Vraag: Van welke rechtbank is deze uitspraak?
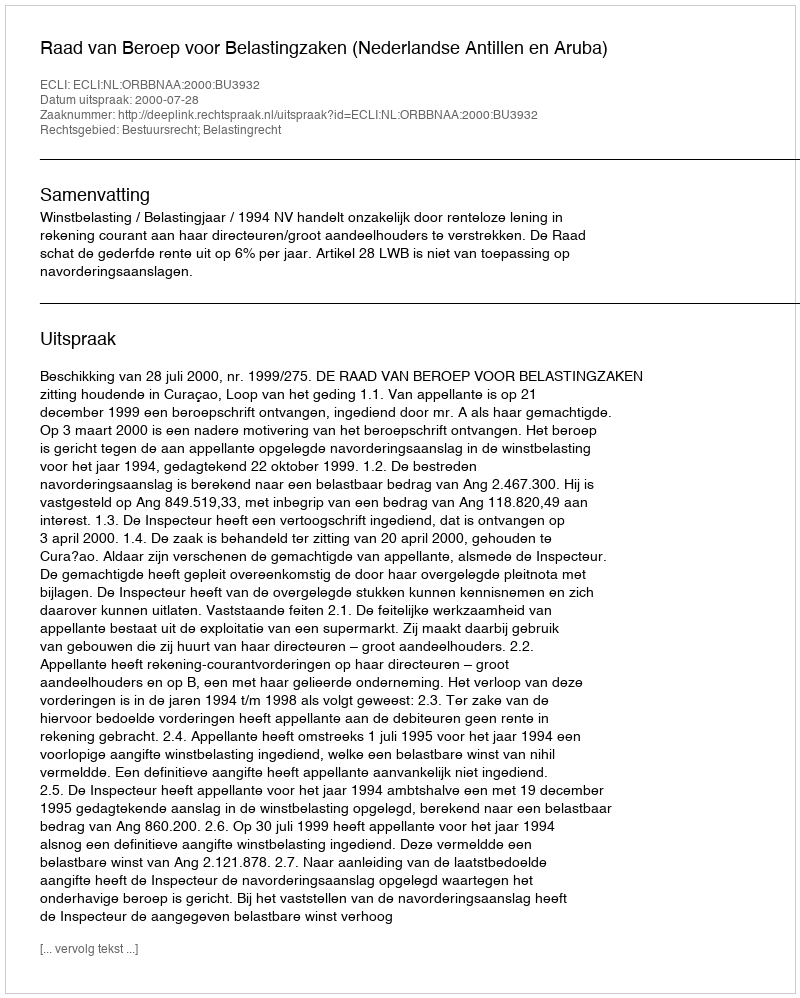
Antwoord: Raad van Beroep voor Belastingzaken (Nederlandse Antillen en Aruba)